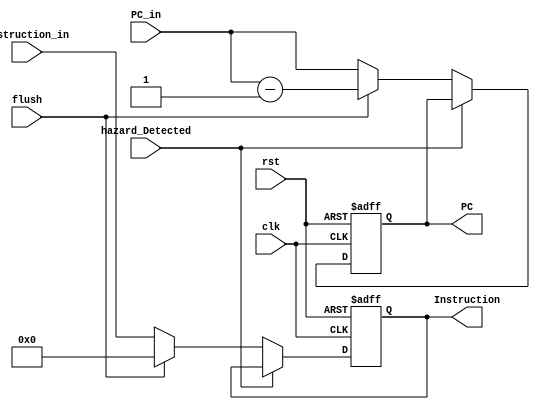
module IF_Stage_Registers
	(
		input clk,
		input rst,
		input flush,
		input [31:0] PC_in,
		input [31:0] Instruction_in,
		input hazard_Detected,
		output reg [31:0] PC,
		output reg [31:0] Instruction
	);

	always @ (posedge clk or posedge rst) begin
		if(rst) begin
			PC <= 32'd0;
			Instruction <= 32'd0;
		end else begin
			if(hazard_Detected == 1'b0) begin
				if(flush == 1'b1) begin
					PC <= PC_in - 32'd1;
					Instruction <= 32'd0;
				end else begin
					PC <= PC_in;
					Instruction <= Instruction_in;
				end
			end
		end
	end
endmodule